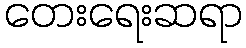
တေးရေးဆရာ